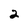
Character: 2